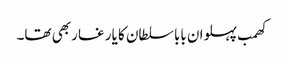
کھمب پہلوان بابا سلطان کا یار غار بھی تھا۔